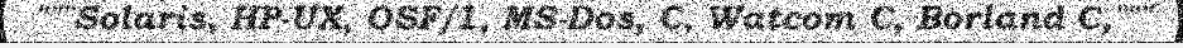
"""Solaris, HP-UX, OSF/1, MS-Dos, C, Watcom C, Borland C,"""